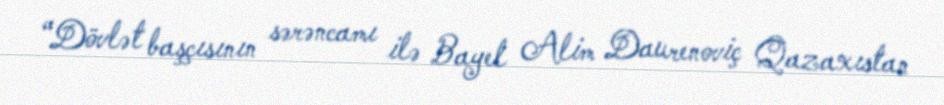
“Dövlət başçısının sərəncamı ilə Bayel Alim Daurenoviç Qazaxıstan